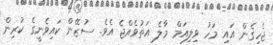
ޖެހިގެން އައި މަހު ވިލިއަަމް މާލެ އަތުވެއްޖެ އެވެ. ސުޒޭން ކައިވެނީގެ ކުރިން